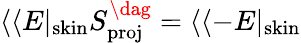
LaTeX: \langle\langle E|_{\mathrm{skin}}S_{\mathrm{proj}}^{\dag}=\langle\langle-E|_{\mathrm{skin}}